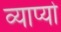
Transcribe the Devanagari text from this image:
व्याप्यो